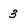
Character: 3